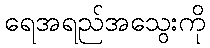
ရေအရည်အသွေးကို